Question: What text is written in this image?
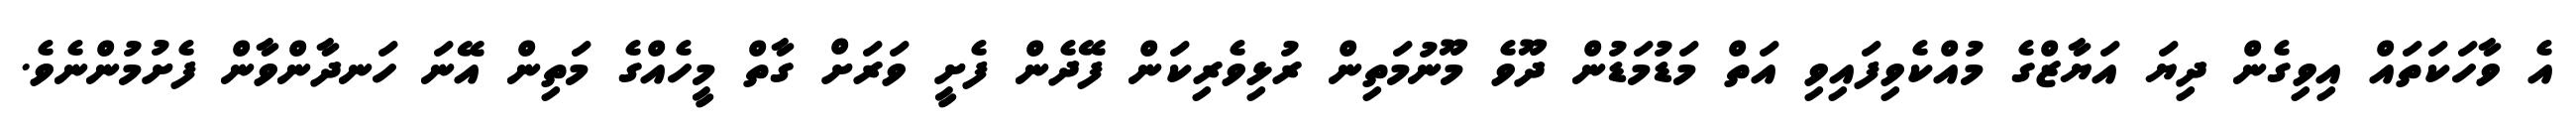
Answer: އެ ވާހަކަތައް އިވިގެން ދިޔަ އަޔާޒްގެ މުއްކެވިފައިވި އަތް މަޑުމަޑުން ދޫވެ މޫނުމަތިން ރުޅިވެރިކަން ފޭދެން ފެށީ ވަރަށް ގާތް މީހެއްގެ މަތިން އޭނަ ހަނދާންވާން ފެށުމުންނެވެ.